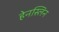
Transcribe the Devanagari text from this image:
हेनस्लिन